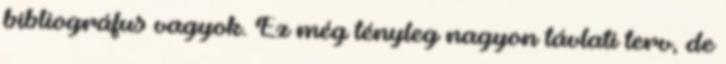
bibliográfus vagyok. Ez még tényleg nagyon távlati terv, de